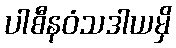
ပါစီနဝံသဒါယမှိ